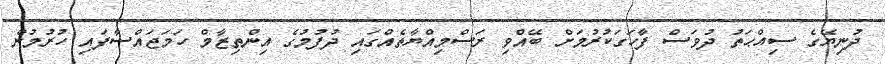
ދުނިޔޭގެ ސިއްޙަތު ދުވަސް ފާހަގަކުރުމަށް ބޭއްވި ރަސްމިއްޔާތެއްގައި ދުފުމުގެ އިންތިޒާމް ހަމަޖައްސާފައި ހުރުމުން